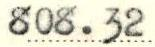
808.32